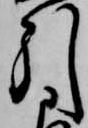
引